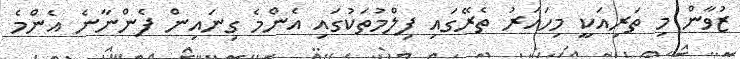
ޒުވާން މި ތަރިއަކީ މިހަައަރު ތެރޭގައި ފިލްމުތަކުގައި އެންމެ ގިނައިން ފެންނާނެ އެންމެ